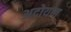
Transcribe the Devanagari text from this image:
अदोयात